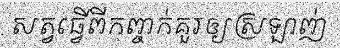
សត្វធ្វើពីកញ្ចក់គួរឲ្យស្រឡាញ់